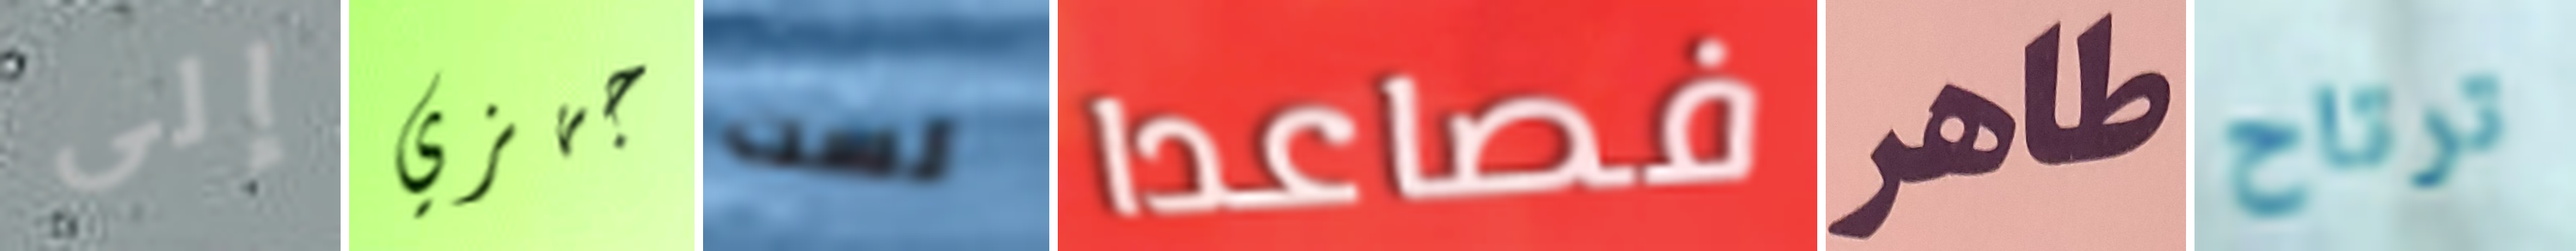
إلى جهزي لست فصاعدا طاهر ترتاح